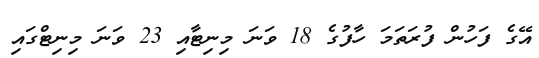
އޭގެ ފަހުން ފުރަތަމަ ހާފުގެ 18 ވަނަ މިނިޓާއި 23 ވަނަ މިނިޓްގައި